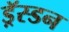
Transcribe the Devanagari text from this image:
ड्रॅस्डन